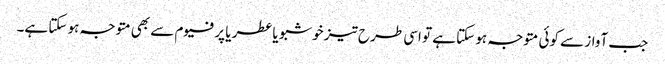
جب آواز سے کوئی متوجہ ہو سکتا ہے تو اسی طرح تیز خوشبو یا عطر یا پرفیوم سے بھی متوجہ ہو سکتا ہے۔